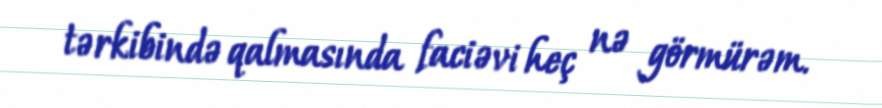
tərkibində qalmasında faciəvi heç nə görmürəm.